Lunatic asylums Punjab 1895-1910 - 1895-1910
Year: 1895
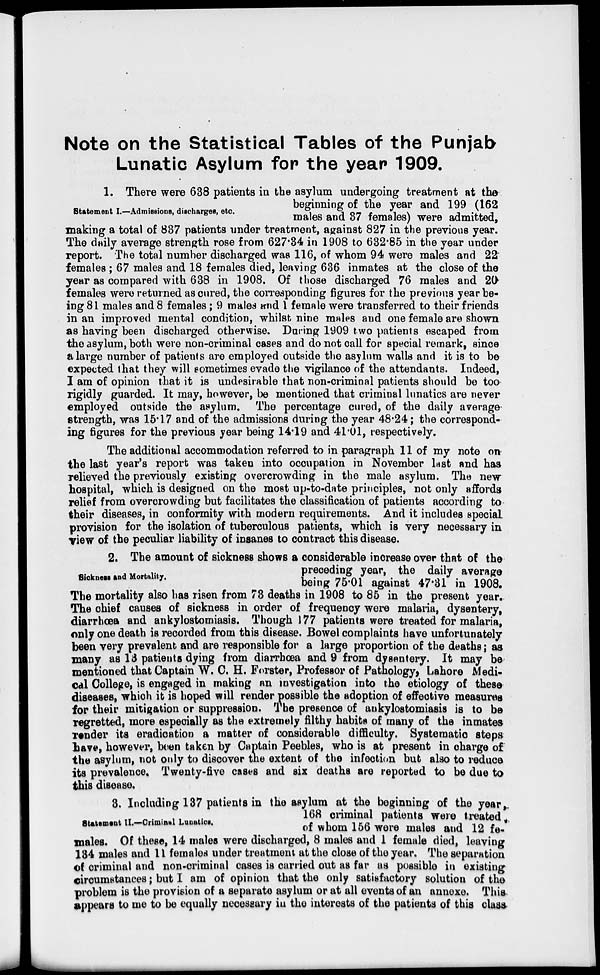
Note on the Statistical Tables of the Punjab
Lunatic Asylum for the year 1909.
Statement I.—Admissions, discharges, etc.
1. There were 638 patients in the asylum undergoing treatment at the
beginning of the year and 199 (162
males and 37 females) were admitted,
making a total of 837 patients under treatment, against 827 in the previous year.
The daily average strength rose from 627.34 in 1908 to 632.85 in the year under
report. The total number discharged was 116, of whom 94 were males and 22
females ; 67 males and 18 females died, leaving 636 inmates at the close of the
year as compared with 638 in 1908. Of those discharged 76 males and 20
females were returned as cured, the corresponding figures for the previous year be-
ing 81 males and 8 females; 9 males and 1 female were transferred to their friends
in an improved mental condition, whilst nine males and one female are shown
as having been discharged otherwise. During 1909 two patients escaped from
the asylum, both were non-criminal cases and do not call for special remark, since
a large number of patients are employed outside the asylum walls and it is to be
expected that they will sometimes evade the vigilance of the attendants. Indeed,
I am of opinion that it is undesirable that non-criminal patients should be too
rigidly guarded. It may, however, be mentioned that criminal lunatics are never
employed outside the asylum. The percentage cured, of the daily average
strength, was 15.17 and of the admissions during the year 48.24; the correspond-
ing figures for the previous year being 14.19 and 41.01, respectively.
The additional accommodation referred to in paragraph 11 of my note on
the last year's report was taken into occupation in November last and has
relieved the previously existing overcrowding in the male asylum. The new
hospital, which is designed on the most up-to-date principles, not only affords
relief from overcrowding but facilitates the classification of patients according to
their diseases, in conformity with modern requirements. And it includes special
provision for the isolation of tuberculous patients, which is very necessary in
view of the peculiar liability of insanes to contract this disease.
Sickness and Mortality.
2. The amount of sickness shows a considerable increase over that of the
preceding year, the daily average
being 75.01 against 47.31 in 1908.
The mortality also has risen from 73 deaths in 1908 to 85 in the present year.
The chief causes of sickness in order of frequency were malaria, dysentery,
diarrhœa and ankylostomiasis. Though 177 patients were treated for malaria,
only one death is recorded from this disease. Bowel complaints have unfortunately
been very prevalent and are responsible for a large proportion of the deaths; as
many as 13 patients dying from diarrhœa and 9 from dysentery. It may be
mentioned that Captain W. C. H. Forster, Professor of Pathology, Lahore Medi-
cal College, is engaged in making an investigation into the etiology of these
diseases, which it is hoped will render possible the adoption of effective measures
for their mitigation or suppression. The presence of ankylostomiasis is to be
regretted, more especially as the extremely filthy habits of many of the inmates
render its eradication a matter of considerable difficulty. Systematic steps
have, however, been taken by Captain Peebles, who is at present in charge of
the asylum, not only to discover the extent of the infection but also to reduce
its prevalence. Twenty-five cases and six deaths are reported to be due to
this disease.
Statement II.—Criminal Lunatics.
3. Including 137 patients in the asylum at the beginning of the year,
168 criminal patients were treated.
of whom 156 were males and 12 fe-
males. Of these, 14 males were discharged, 8 males and 1 female died, leaving
184 males and 11 females under treatment at the close of the year. The separation
of criminal and non-criminal cases is carried out as far as possible in existing
circumstances; but I am of opinion that the only satisfactory solution of the
problem is the provision of a separate asylum or at all events of an annexe. This
appears to me to be equally necessary in the interests of the patients of this class